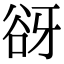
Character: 谺